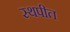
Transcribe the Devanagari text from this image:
स्थपीत